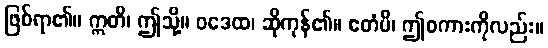
ဖြစ်ရာ၏။ ဣတိ၊ ဤသို့။ ဝဒေထ၊ ဆိုကုန်၏။ ဧတံပိ၊ ဤစကားကိုလည်း။